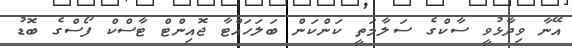
އޭނާ ވިދާޅުވީ ސާކްގެ ސަލާމަތީ ކަންކަން ބަލަހައްޓާ ޖޮއިންޓް ޓާސްކް ފޯސްގެ ބޮޑު